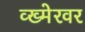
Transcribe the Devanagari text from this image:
व्ख्मेरवर